TRU_Ajalooring, lk 79
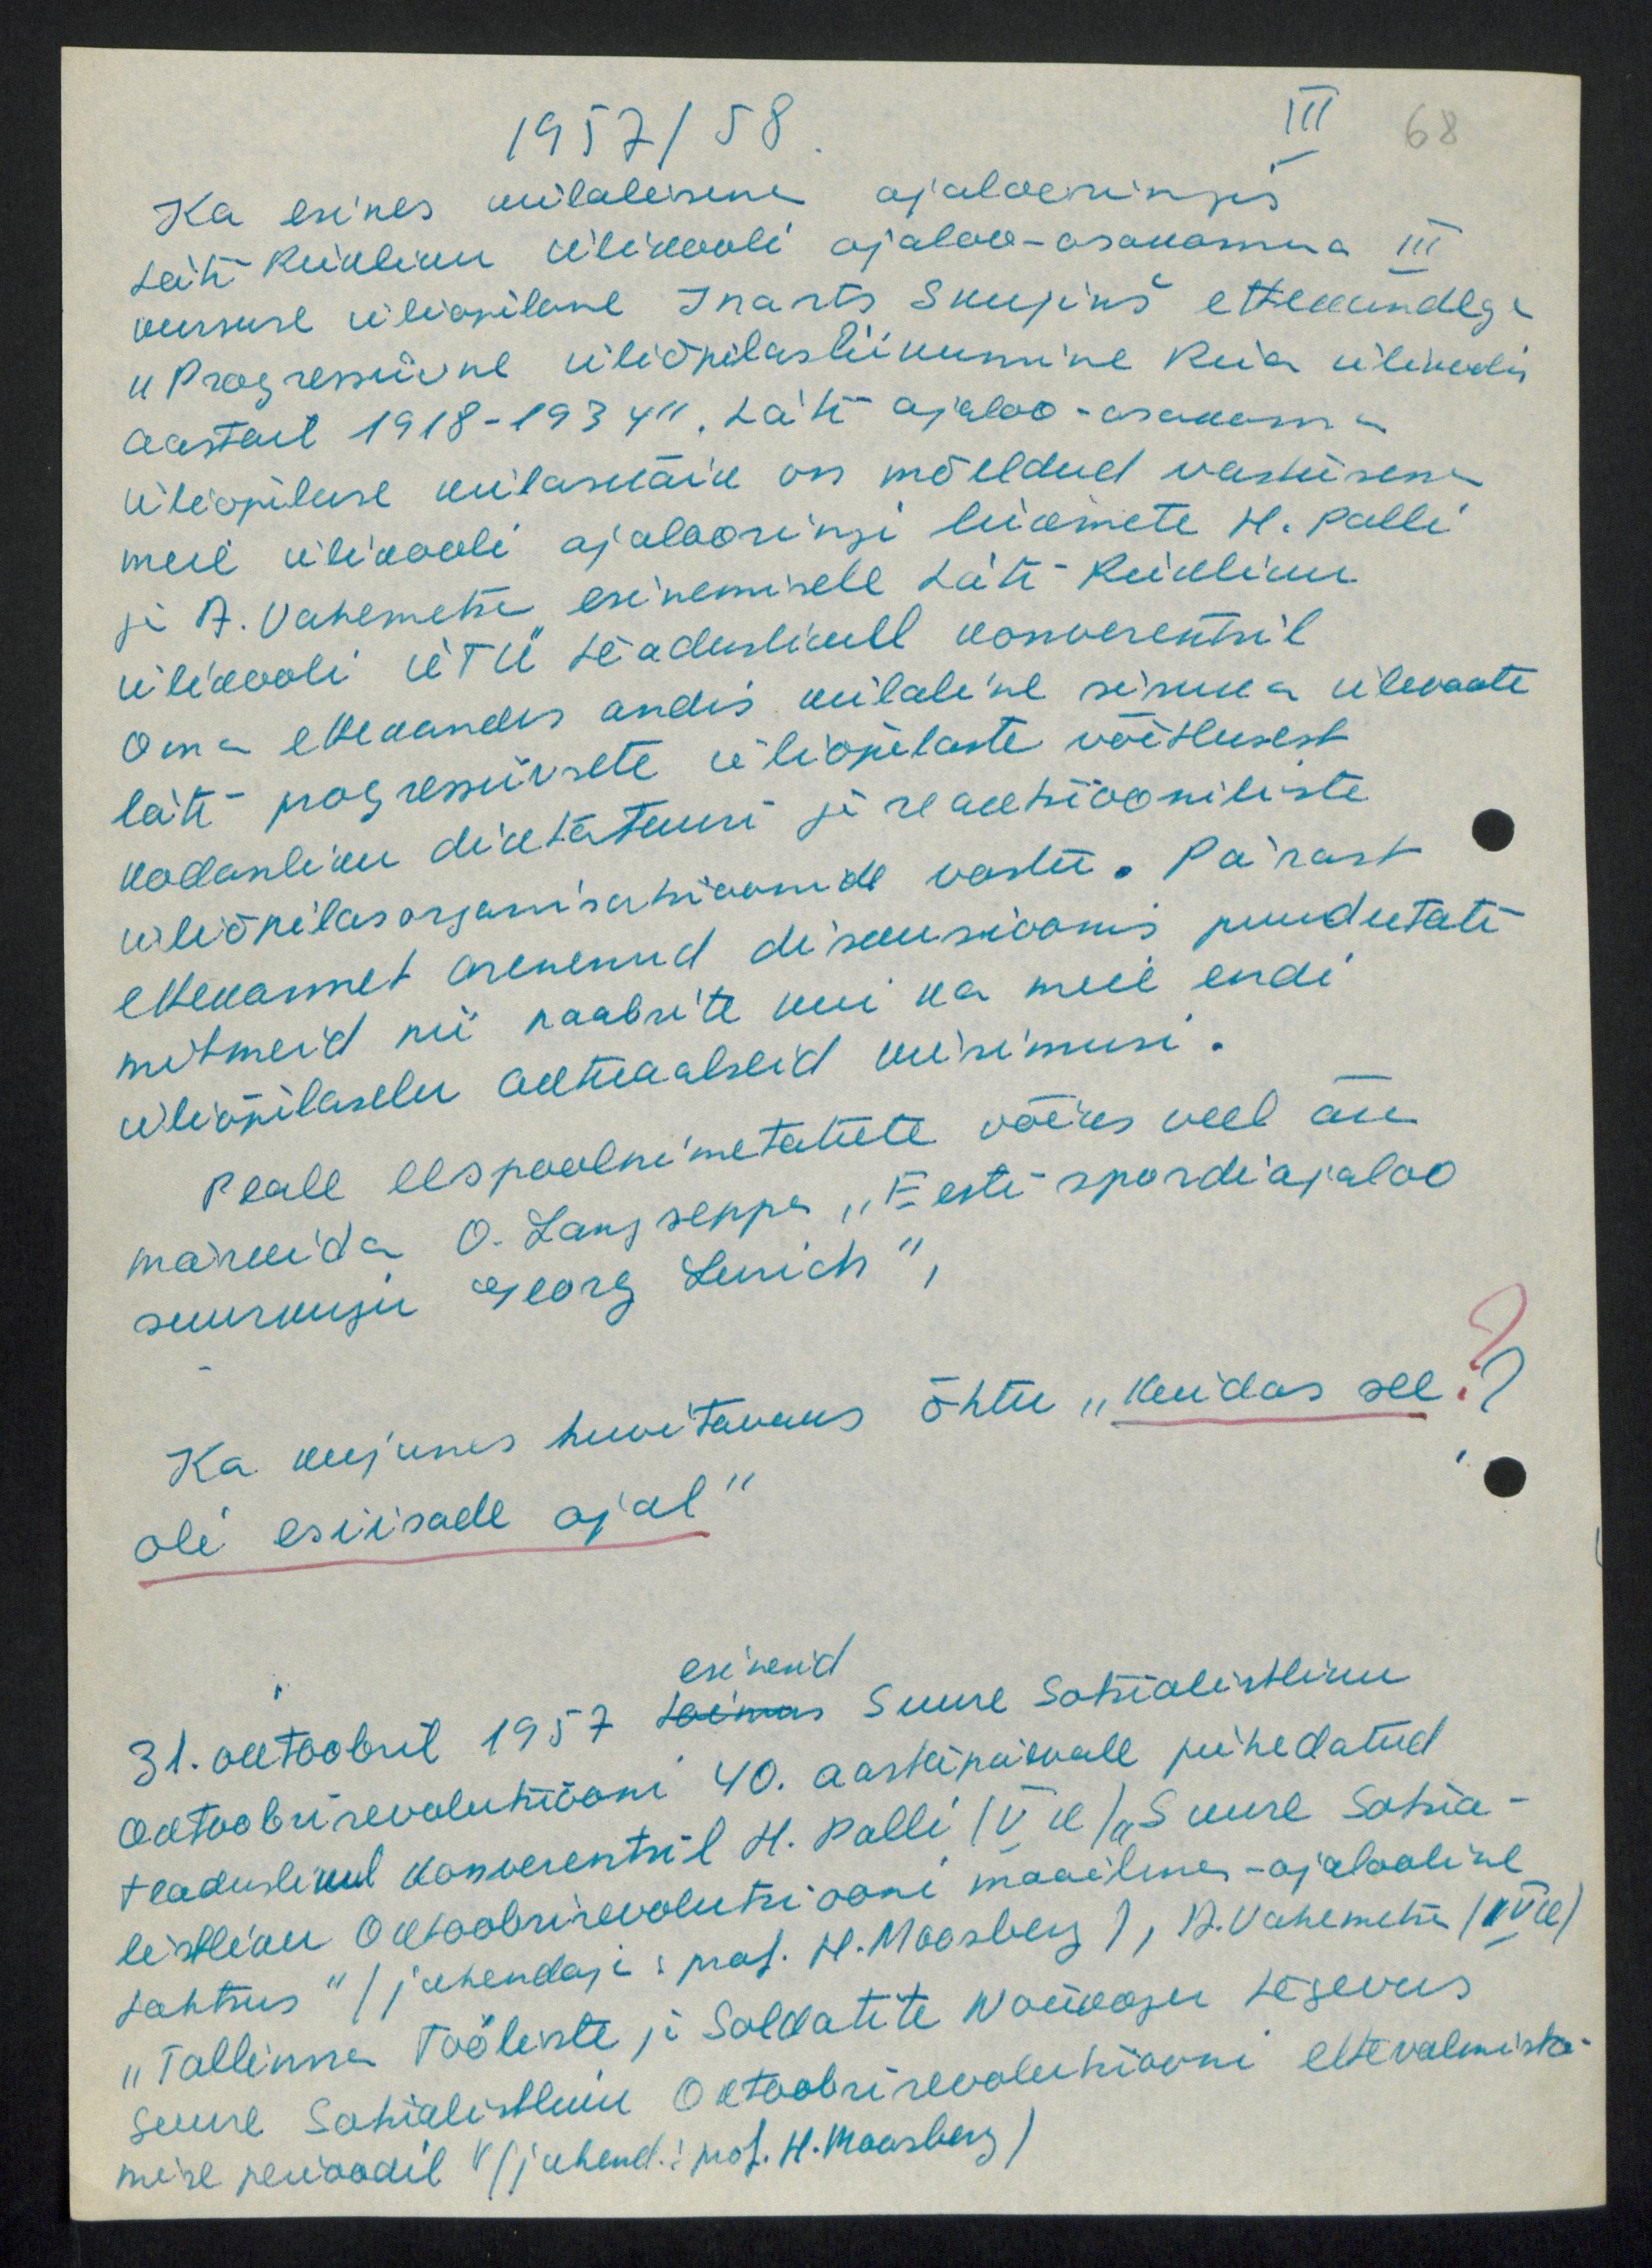
1957/58
III
68
Ka esines külalisena ajalooringis
Läti Riikliku Ülikooli ajaloo-osakonna III
kursuse üliõpilane Inarts Skujinš ettekandega
"Progresiivne üliõpilasliikumine Riia ülikoolis
aastast 1918-1934" Läti ajaloo-osakonna
üliõpilase külaskäik on mõeldud vastusena
meie ülikooli ajalooringi liikmete H. Palli
ja A. Vahemetsa esinemisele Läti-Riikliku
ülikooli ÜTÜ teaduslikull konverentsil
Oma ettekandes andis külaline sisuka ülevaate
läti progressiivsete üliõpilaste võitlusest
kodanliku diktatuuri ja reaktsiooniliste
üliõpilasorganisatsioonide vastu. Pärast
ettekannet arenenud diskussioonis puudutati
mitmeid nii naabrite kui ka meie endi
üliõpilaselu aktuaalseid küsimusi.
peale eespoolnimetatute võiks veel ära
märkida O. Langseppa "Eesti spordiajaloo
suurkuju Georg Lurich",
Ka uujunes huvitavaks õhtu "Kuidas see ?
oli esiisade ajal"
esinesid
31. oktoobril 1957 toimus Suure Sotsialistliku
Oktoobrirevolutsiooni 40. aastapäevale pühedatud
teaduslikul konverentsil H. Palli (V k) "Suure Sotsia-
listliku Oktoobrirevolutsiooni maailma-ajalooline
tahtsus" (juhendaja prof. H. Moosberg), R. Vahemets (IV k)
"Tallinna Tööliste ja Soldatite Nõukogu tegevus
Suure Sotsialistliku Oktoobrirevolutsiooni ettevalmista-
mise perioodil V" (juhendaja prof. H. Moosberg)